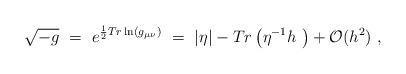
LaTeX: \begin{align*}\sqrt {-g}~=~e^{\frac{1}{2} Tr \ln (g_{\mu \nu})}~=~|\eta| - Tr \left(\eta^{-1} h~\right) + {\cal O}(h^2)~,\end{align*}